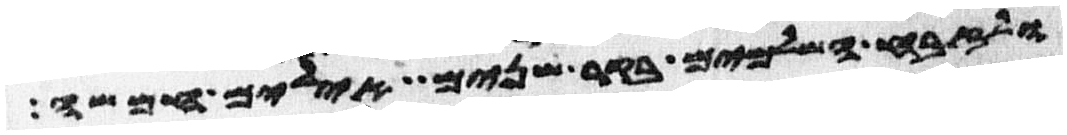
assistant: ולזבח השלמים בקר שנים אילים חמשה